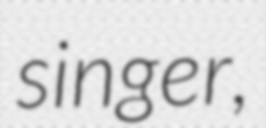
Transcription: singer,